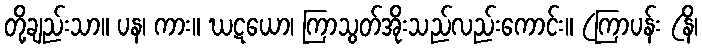
တို့ချည်းသာ။ ပန၊ ကား။ ဃဋယော၊ ကြာသွတ်အိုးသည်လည်းကောင်း။ (ကြာပန်း (နိ၊